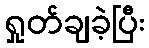
ရှုတ်ချခဲ့ပြီး